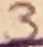
Text: 3